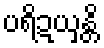
ပရိဍယှန္တိ